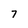
Character: 7